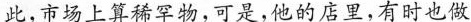
此，市场上算稀罕物，可是，他的店里，有时也做